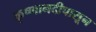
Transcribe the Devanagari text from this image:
कृष्णानदीपासून